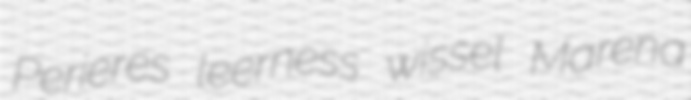
Perieres leerness wissel Marena